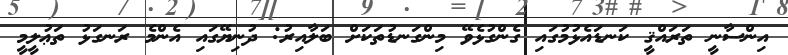
އިންސާނީ ތަރައްޤީ ކަނޑައެޅުމުގައި ގެންގުޅެވޭ މިންގަނޑުތަކަށް ބަލާއިރު: ދުނިޔޭގައި އެންމެ ރަނގަޅު ތަޢުލީމީ